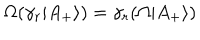
\Omega ( \gamma _ { r } | A _ { + } \rangle ) = \gamma _ { r } ( \Omega | A _ { + } \rangle )